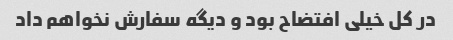
در کل خیلی افتضاح بود و دیگه سفارش نخواهم داد